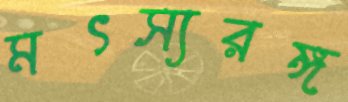
মৎস্যরঙ্গ